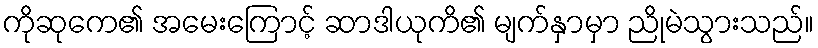
ကိုဆုကေ၏ အမေးကြောင့် ဆာဒါယုကိ၏ မျက်နှာမှာ ညိုမဲသွားသည်။